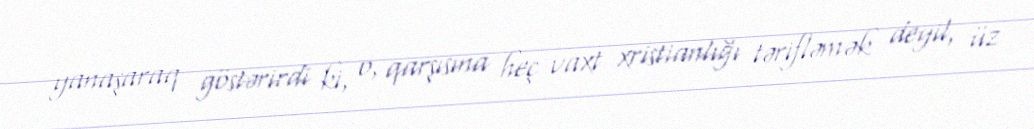
yanaşaraq göstərirdi ki, o, qarşısına heç vaxt xristianlığı tərifləmək deyil, üz